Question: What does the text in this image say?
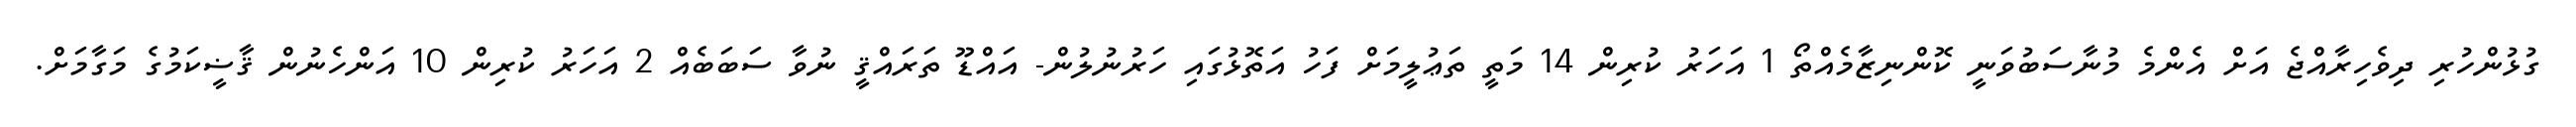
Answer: ގުޅުންހުރި ދިވެހިރާއްޖެ އަށް އެންމެ މުނާސަބުވަނީ ކޮންނިޒާމެއްތޯ 1 އަހަރު ކުރިން 14 މަތީ ތަޢުލީމަށް ފަހު އަތޮޅުގައި ހަރުނުލުން- އައްޑޫ ތަރައްޤީ ނުވާ ސަބަބެއް 2 އަހަރު ކުރިން 10 އަންހެނުން ޤާޟީކަމުގެ މަގާމަށް.